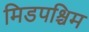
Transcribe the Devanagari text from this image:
मिडपश्चिम